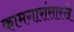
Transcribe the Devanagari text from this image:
कामगारांसारखे